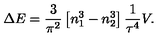
\Delta E = { \frac { 3 } { \pi ^ { 2 } } } \left[ n _ { 1 } ^ { 3 } - n _ { 2 } ^ { 3 } \right] { \frac { 1 } { \tau ^ { 4 } } } V .